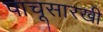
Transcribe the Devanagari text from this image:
पाचूसारखी